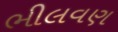
ભીલવણ